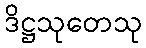
ဒိဋ္ဌသုတေသု